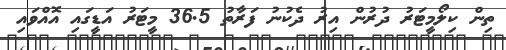
ތިން ކިލޯމީޓަރު ދުރުން އިރު ދެކުނު ފަރާތު 36.5 މީޓަރު އަޑީގައި އޮއްވައި